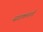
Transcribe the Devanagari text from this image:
सडकमार्ग